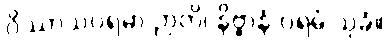
ဝိဿာသပရမာ ဉာတိ၊ နိဗ္ဗာနံ ပရမံ သုခံ။